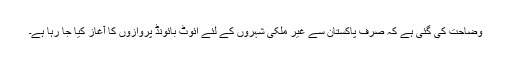
وضاحت کی گئی ہے کہ صرف پاکستان سے غیر ملکی شہروں کے لئے آئوٹ بائونڈ پروازوں کا آغاز کیا جا رہا ہے۔